Annual administration and progress report of the Indian Medical Department, Bombay
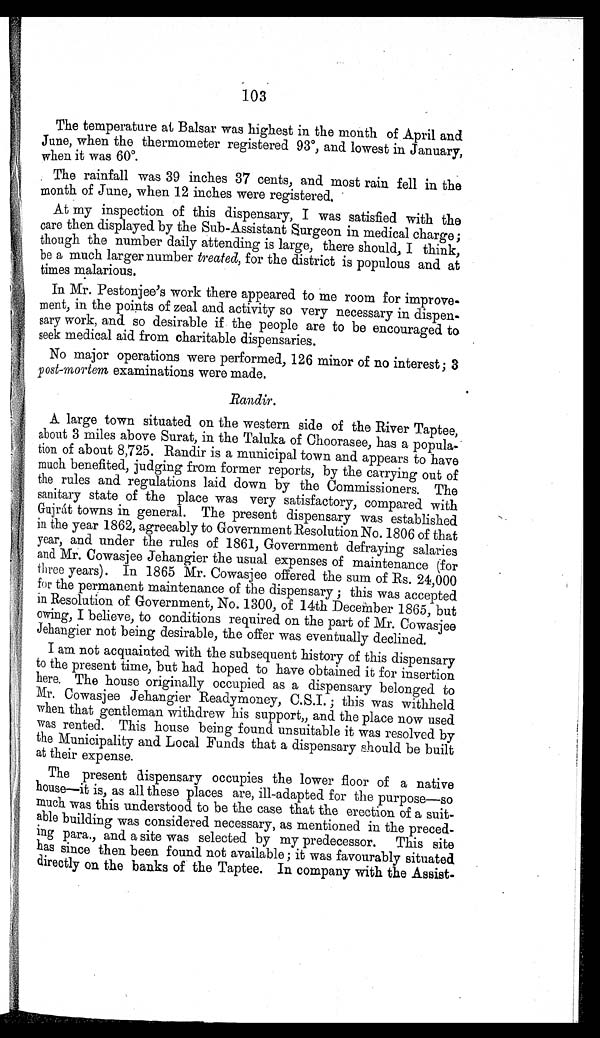
103
The temperature at Balsar was highest in the month of April and
June, when the thermometer registered 93º, and lowest in January,
when it was 60º.
The rainfall was 39 inches 37 cents, and most rain fell in the
month of June, when 12 inches were registered.
At my inspection of this dispensary, I was satisfied with the
care then displayed by the Sub-Assistant Surgeon in medical charge;
though the number daily attending is large, there should, I think,
be a much larger number treated, for the district is populous and at
times malarious.
In Mr. Pestonjee's work there appeared to me room for improve-
ment, in the points of zeal and activity so very necessary in dispen-
sary work, and so desirable if the people are to be encouraged to
seek medical aid from charitable dispensaries.
No major operations were performed, 126 minor of no interest; 3
post-mortem examinations were made.
Randir.
A large town situated on the western side of the River Taptee,
about 3 miles above Surat, in the Taluka of Choorasee, has a popula-
tion of about 8,725. Randir is a municipal town and appears to have
much benefited, judging from former reports, by the carrying out of
the rules and regulations laid down by the Commissioners. The
sanitary state of the place was very satisfactory, compared with
Gujrát towns in general. The present dispensary was established
in the year 1862, agreeably to Government Resolution No. 1806 of that
year, and under the rules of 1861, Government defraying salaries
and Mr. Cowasjee Jehangier the usual expenses of maintenance (for
three years). In 1865 Mr. Cowasjee offered the sum of Rs. 24,000
for the permanent maintenance of the dispensary; this was accepted
in Resolution of Government, No. 1300, of 14th December 1865, but
owing, I believe, to conditions required on the part of Mr. Cowasjee
Jehangier not being desirable, the offer was eventually declined.
I am not acquainted with the subsequent history of this dispensary
to the present time, but had hoped to have obtained it for insertion
here. The house originally occupied as a dispensary belonged to
Mr. Cowasjee Jehangier Readymoney, C.S.I.; this was withheld
when that gentleman withdrew his support„ and the place now used
was rented. This house being found unsuitable it was resolved by
the Municipality and Local Funds that a dispensary should be built
at their expense.
The present dispensary occupies the lower floor of a native
house—it is, as all these places are, ill-adapted for the purpose—so
much was this understood to be the case that the erection of a suit-
able building was considered necessary, as mentioned in the preced-
ing para., and a site was selected by my predecessor. This site
has since then been found not available; it was favourably situated
directly on the banks of the Taptee. In company with the Assist-